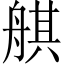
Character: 䑴